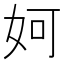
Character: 妸